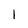
Character: 1